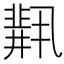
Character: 𫡋